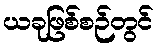
ယခုဖြစ်စဉ်တွင်